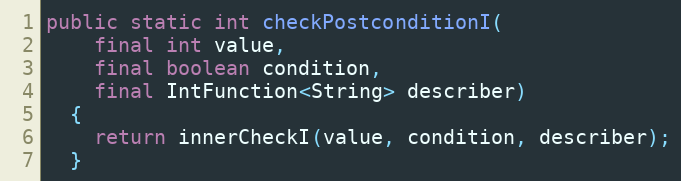
Language: Java
public static int checkPostconditionI(
    final int value,
    final boolean condition,
    final IntFunction<String> describer)
  {
    return innerCheckI(value, condition, describer);
  }